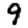
Digit: 9